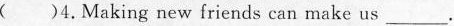
（ )4.Making new friends can make us _